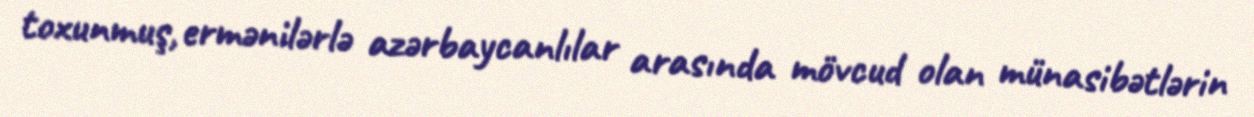
toxunmuş, ermənilərlə azərbaycanlılar arasında mövcud olan münasibətlərin